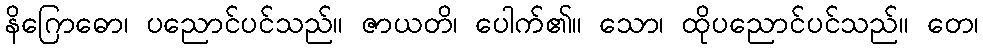
နိဂြောဓော၊ ပညောင်ပင်သည်။ ဇာယတိ၊ ပေါက်၏။ သော၊ ထိုပညောင်ပင်သည်။ တေ၊